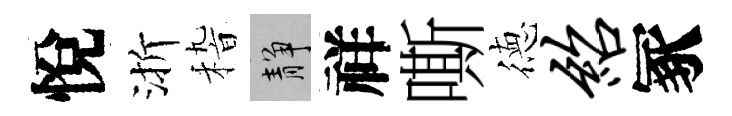
悅渐𥟵靜祥嘶徳绍冢